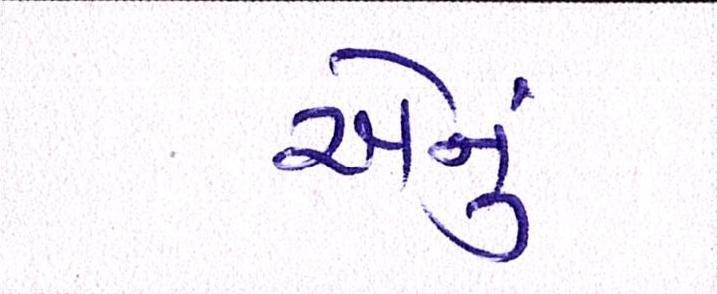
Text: એનું